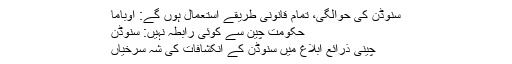
سنوڈن کی حوالگی، تمام قانونی طریقے استعمال ہوں گے: اوباما
حکومت چین سے کوئی رابطہ نہیں: سنوڈن
چینی ذرائع ابلاغ میں سنوڈن کے انکشافات کی شہ سرخیاں